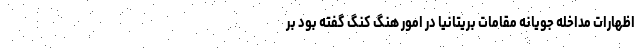
اظهارات مداخله جویانه مقامات بریتانیا در امور هنگ کنگ گفته بود بر